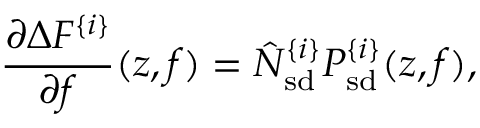
\frac { \partial \Delta F ^ { \{ i \} } } { \partial f } ( z , f ) = \hat { N } _ { \mathrm { s d } } ^ { \{ i \} } P _ { \mathrm { s d } } ^ { \{ i \} } ( z , f ) ,